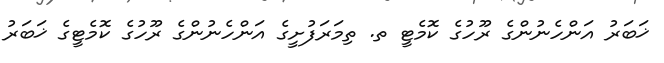
ޚަބަރު އަންހެނުންގެ ރޫހުގެ ކޮމެޓީ ތ. ތިމަރަފުށީގެ އަންހެނުންގެ ރޫހުގެ ކޮމެޓީގެ ޚަބަރު